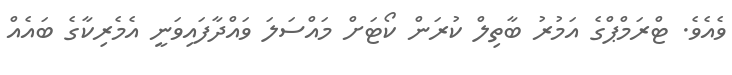
ވެއެވެ. ޓްރަމްޕްގެ އަމުރު ބާތިލް ކުރަން ކޯޓަށް މައްސަލަ ވައްދާފައިވަނީ އެމެރިކާގެ ބައެއް